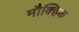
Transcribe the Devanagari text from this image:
मौक्हिक